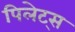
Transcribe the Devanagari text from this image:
पिलेट्स